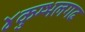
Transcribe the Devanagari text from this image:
४कुम्भलगढ